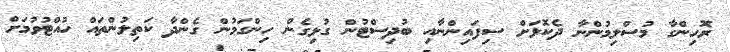
ރޮހިންގާ މުސްލިމުންނާ ދެކޮޅަށް ސިފައިންނާއި ބުދިސްޓުން ގުޅިގެން ހިންގަމުން ގެންދާ ކަތިލުންތައް ހުއްޓުވުމަށް